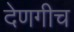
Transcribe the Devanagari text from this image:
देणगीच